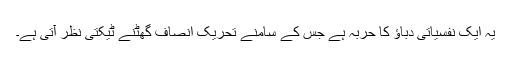
یہ ایک نفسیاتی دباؤ کا حربہ ہے جس کے سامنے تحریک انصاف گھٹنے ٹیکتی نظر آتی ہے۔